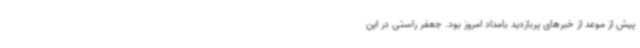
پیش از موعد از خبرهای پربازدید بامداد امروز بود. جعفر راستی در این